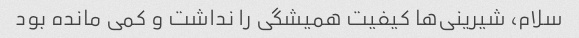
سلام، شیرینی‌ها کیفیت همیشگی را نداشت و کمی مانده بود